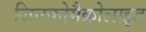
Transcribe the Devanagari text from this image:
जिनकोमैक्रोलाइड